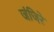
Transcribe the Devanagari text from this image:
जंजिरे